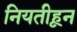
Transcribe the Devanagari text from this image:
नियतीहून